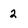
Character: 2